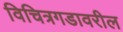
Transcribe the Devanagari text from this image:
विचित्रगडावरील